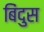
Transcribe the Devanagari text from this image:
बिंदुस